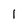
Character: 1